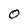
Character: O